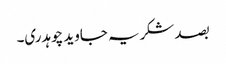
بصد شکریہ جاوید چوہدری۔